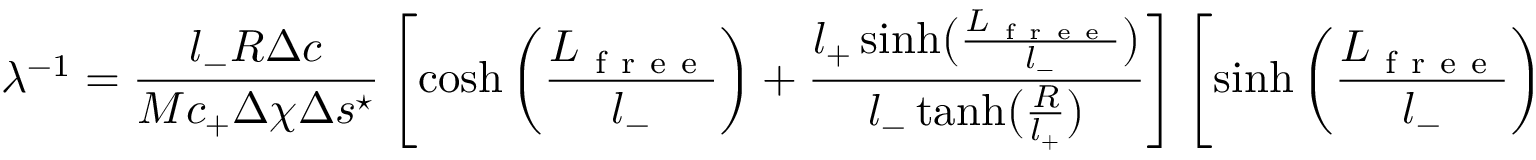
\lambda ^ { - 1 } = \frac { l _ { - } R \Delta c } { M c _ { + } \Delta \chi \Delta s ^ { \star } } \left[ \cosh \left( \frac { L _ { \mathrm { ~ f ~ r ~ e ~ e ~ } } } { l _ { - } } \right) + \frac { l _ { + } \sinh \bigl ( \frac { L _ { \mathrm { ~ f ~ r ~ e ~ e ~ } } } { l _ { - } } \bigr ) } { l _ { - } \operatorname { t a n h } \bigl ( \frac { R } { l _ { + } } \bigr ) } \right] \left[ \sinh \left( \frac { L _ { \mathrm { ~ f ~ r ~ e ~ e ~ } } } { l _ { - } } \right) + \frac { l _ { - } \cosh \bigl ( \frac { L _ { \mathrm { ~ f ~ r ~ e ~ e ~ } } } { l _ { - } } \bigr ) } { l _ { + } \operatorname { t a n h } \bigl ( \frac { R } { l _ { + } } \bigr ) } \right] \, ,